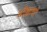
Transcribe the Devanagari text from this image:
बोक्काचो